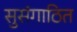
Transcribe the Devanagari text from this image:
सुसंगाठित